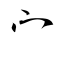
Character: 宀